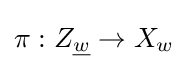
\pi :Z_{\underline {w}}\to X_{w}